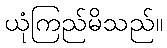
ယုံကြည်မိသည်။